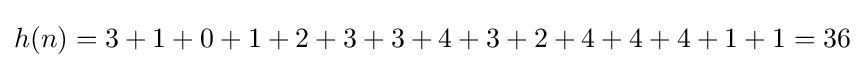
h(n)=3+1+0+1+2+3+3+4+3+2+4+4+4+1+1=36